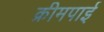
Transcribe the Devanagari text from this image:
क्रीमपाई